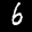
Label: 6